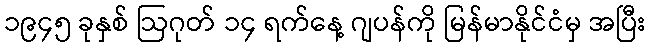
၁၉၄၅ ခုနှစ် ဩဂုတ် ၁၄ ရက်နေ့ ဂျပန်ကို မြန်မာနိုင်ငံမှ အပြီး